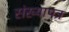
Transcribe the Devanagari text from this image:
संख्यापत्र